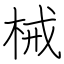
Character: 械